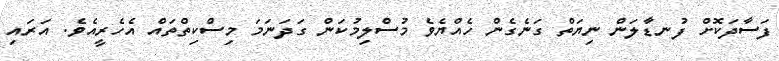
ފަސާދަކޮށް ފުނޑާލަން ނިޔަތް ގަނެގެން ހެއްޔެވެ މުސްލިމުކަން ގަދަނަމަ މިސްކިތްތައް އެހެރީއެވެ. އަރައި